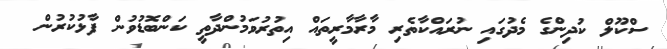
ސްކޫލް ކުދިންގެ މެދުގައި ނުރައްކާތެރި މާރާމާރީތައް އިތުރުވަމުންދާތީ ކަންބޮޑުވުން ފާޅުކުރުން